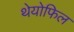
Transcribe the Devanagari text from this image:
थेयोफिल